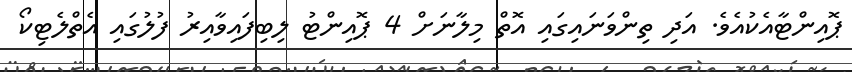
ޕޮއިންޓާއެކުއެވެ. އަދި ތިންވަނައިގައި އޮތް މިލާނަށް 4 ޕޮއިންޓު ލިބިފައިވާއިރު ފުލުގައި އެތްލެޓިކޯ